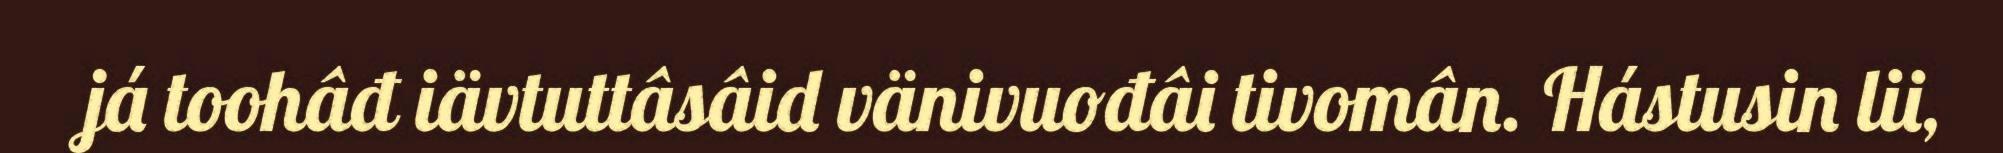
já toohâđ iävtuttâsâid vänivuođâi tivomân. Hástusin lii,